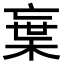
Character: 𭪭